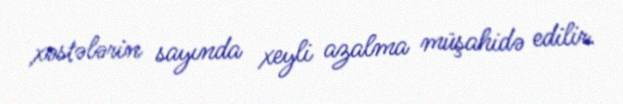
xəstələrin sayında xeyli azalma müşahidə edilir.